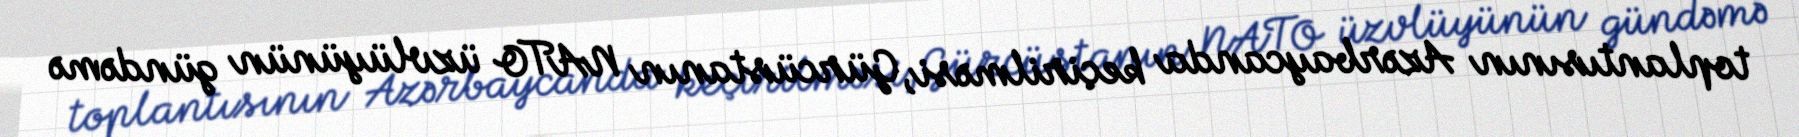
toplantısının Azərbaycanda keçirilməsi, Gürcüstanın NATO üzvlüyünün gündəmə